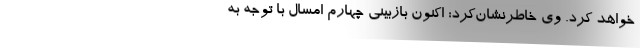
خواهد کرد. وی خاطرنشان‌کرد: ‌اکنون بازبینی چهارم امسال با توجه به